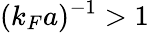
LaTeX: (k_{F}a)^{-1}>1